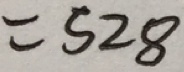
= 5 2 8